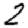
Digit: 2